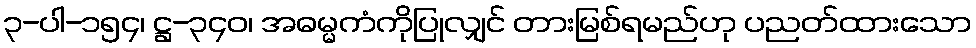
၃-ပါ-၁၅၄၊ ဋ္ဌ-၃၄၀၊ အဓမ္မကံကိုပြုလျှင် တားမြစ်ရမည်ဟု ပညတ်ထားသော